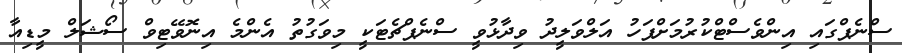
ސްނެޕްގައި އިންވެސްޓްކުރުމަށްފަހު އަލްވަލީދު ވިދާޅުވީ ސްނެޕްޗެޓަކީ މިވަގުތު އެންމެ އިނޮވޭޓިވް ސޯޝަލް މީޑިއާ